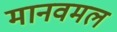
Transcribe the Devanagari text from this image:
मानवमल